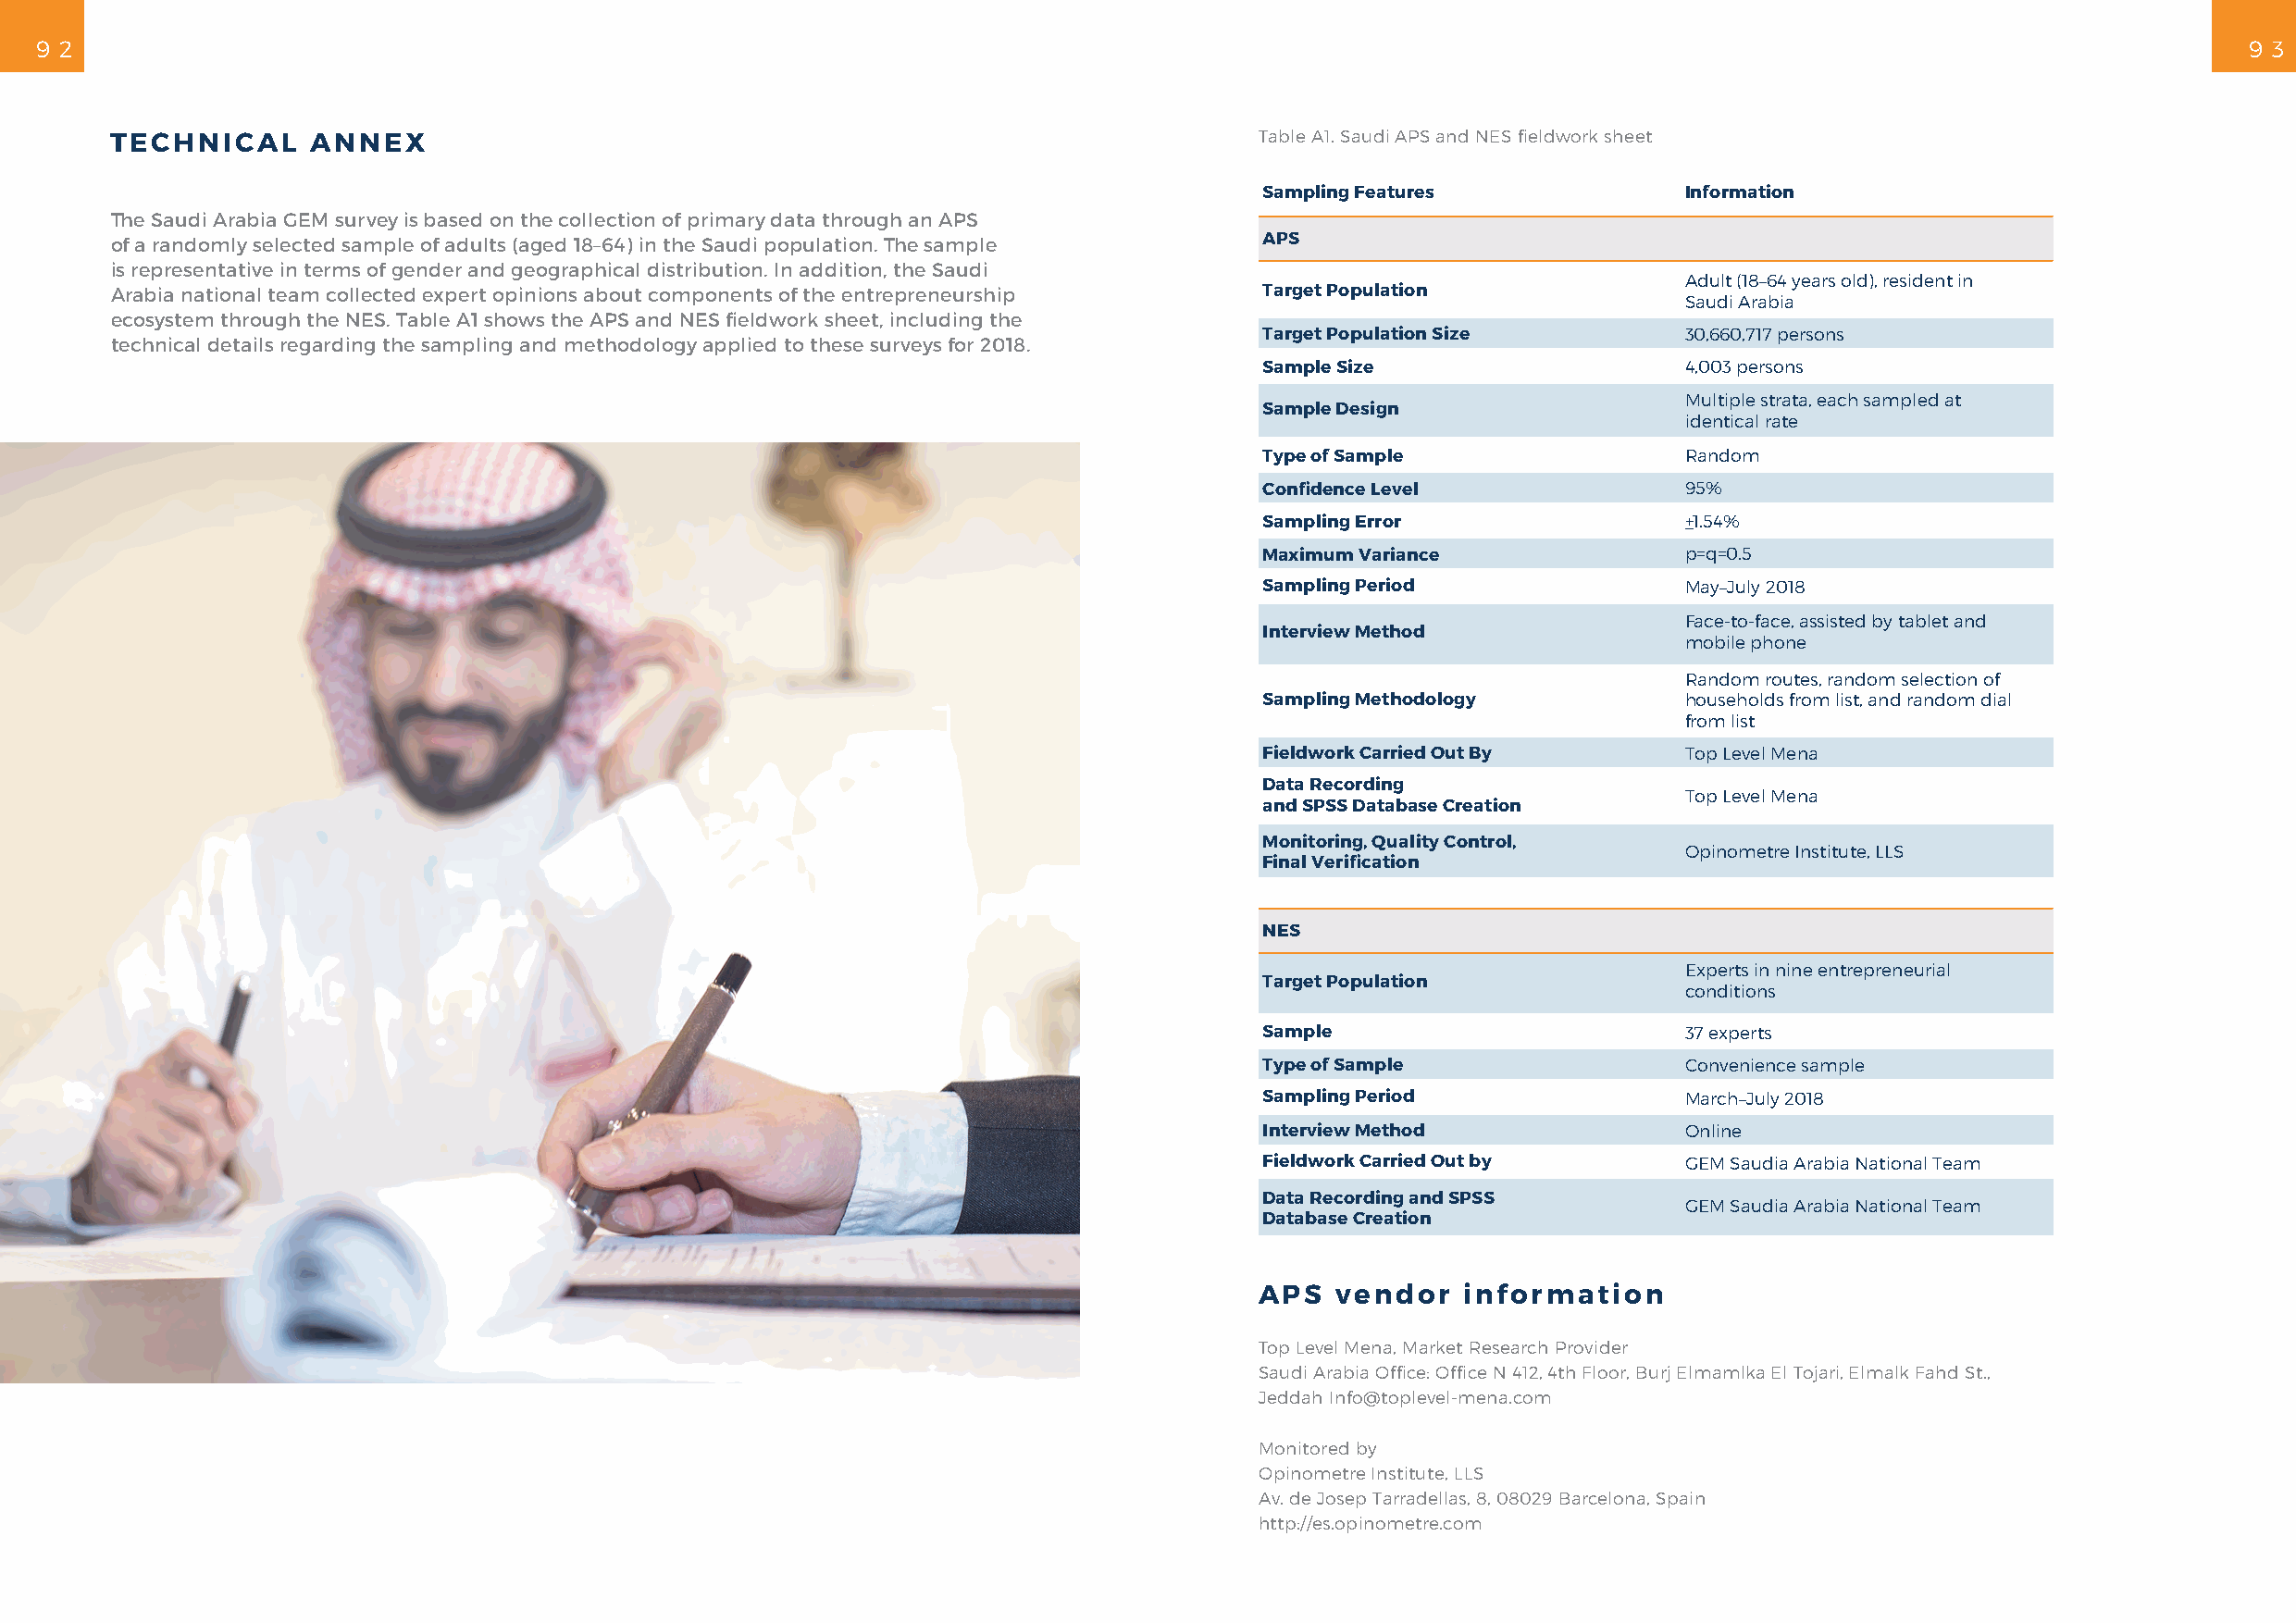
9 2                                                                                                                                                           9 3
 TECHNICAL     ANNEX                                                               Table A1. Saudi APS and NES fieldwork sheet
 Sampling Features              Information
 The Saudi Arabia GEM survey is based on the collection of primary data through an APS
 of a randomly selected sample of adults (aged 18–64) in the Saudi population. The sample APS
 is representative in terms of gender and geographical distribution. In addition, the Saudi
 Adult (18–64 years old), resident in
 Arabia national team collected expert opinions about components of the entrepreneurship Target Population
 Saudi Arabia
 ecosystem through the NES. Table A1 shows the APS and NES fieldwork sheet, including the
 Target Population Size         30,660,717 persons
 technical details regarding the sampling and methodology applied to these surveys for 2018.
 Sample Size                    4,003 persons
 Multiple strata, each sampled at
 Sample Design
 identical rate
 Type of Sample                 Random
 Confidence Level               95%
 Sampling Error                 +1.54%
 Maximum Variance               p=q=0.5
 Sampling Period                May–July 2018
 Face-to-face, assisted by tablet and
 Interview Method
 mobile phone
 Random routes, random selection of
 Sampling Methodology           households from list, and random dial
 from list
 Fieldwork Carried Out By       Top Level Mena
 Data Recording
 Top Level Mena
 and SPSS Database Creation
 Monitoring, Quality Control,
 Opinometre Institute, LLS
 Final Verification
 NES
 Experts in nine entrepreneurial
 Target Population
 conditions
 Sample                         37 experts
 Type of Sample                 Convenience sample
 Sampling Period                March–July 2018
 Interview Method               Online
 Fieldwork Carried Out by       GEM Saudia Arabia National Team
 Data Recording and SPSS
 GEM Saudia Arabia National Team
 Database Creation
 APS   vendor   information
 Top Level Mena, Market Research Provider
 Saudi Arabia Office: Office N 412, 4th Floor, Burj Elmamlka El Tojari, Elmalk Fahd St.,
 Jeddah Info@toplevel-mena.com
 Monitored by
 Opinometre Institute, LLS
 Av. de Josep Tarradellas, 8, 08029 Barcelona, Spain
 http://es.opinometre.com
 9
 1
 0
 2
 /
 8
 1
 0
 2
 T
 R
 O
 P
 E
 R
 M
 E
 G